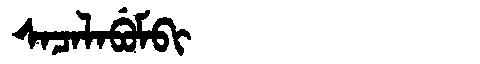
Manchu: ᠰᠠᠴᠠᠯᠠᠪᡠᠮᠪᡳ
Romanization: SACALABUMBI